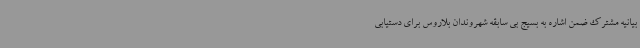
بیانیه مشترک ضمن اشاره به بسیج بی سابقه شهروندان بلاروس برای دستیابی